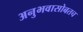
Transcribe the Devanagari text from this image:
अनुभवासोबतच